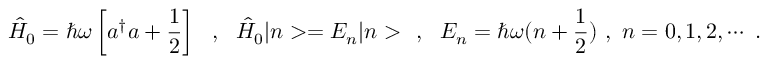
\hat { H } _ { 0 } = \hbar \omega \left[ a ^ { \dagger } a + \frac { 1 } { 2 } \right] \ \ , \ \ \hat { H } _ { 0 } | n > = E _ { n } | n > \ \ , \ \ E _ { n } = \hbar \omega ( n + \frac { 1 } { 2 } ) \ , \ n = 0 , 1 , 2 , \cdots \ .